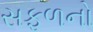
સફળનો